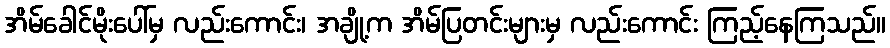
အိမ်ခေါင်မိုးပေါ်မှ လည်းကောင်း၊ အချို့က အိမ်ပြတင်းများမှ လည်းကောင်း ကြည့်နေကြသည်။